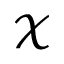
\mathcal { X }